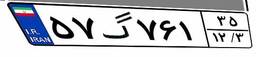
۵۷گ۷۶۱۳۵